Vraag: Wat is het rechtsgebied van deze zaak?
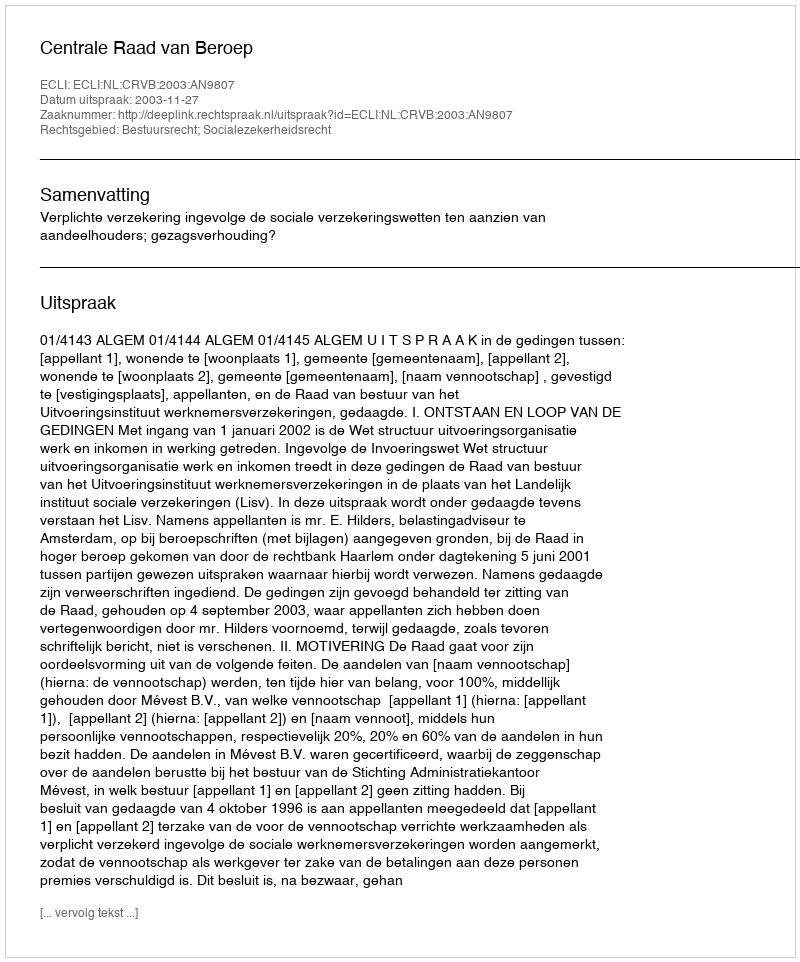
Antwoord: Bestuursrecht; Socialezekerheidsrecht